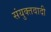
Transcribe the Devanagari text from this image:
संयुक्तवादी